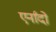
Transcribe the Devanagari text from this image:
एर्नांदो